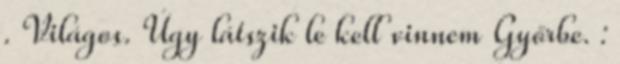
. Világos. Úgy látszik le kell vinnem Győrbe. :